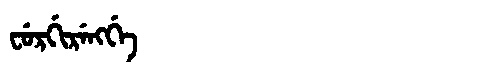
Manchu: ᠸᡠᡵᡤᡳᡵᡝᠩᡤᡝ
Romanization: FURGIRENGGE